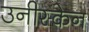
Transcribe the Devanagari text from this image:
उनीस्केन